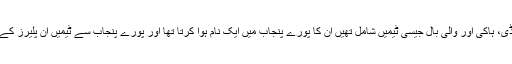
کبھی شرقپور کی ان کھیلوں کا جن میں کرکٹ، کبڈی، ہاکی اور والی بال جیسی ٹیمیں شامل تھیں ان کا پورے پنجاب میں ایک نام ہوا کرتا تھا اور پورے پنجاب سے ٹیمیں ان پلیرز کے ساتھ میچ کھیلنے کے لیے شرقپور آیا کرتی تھیں۔